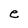
Character: e